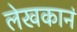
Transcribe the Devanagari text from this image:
लेखकानं